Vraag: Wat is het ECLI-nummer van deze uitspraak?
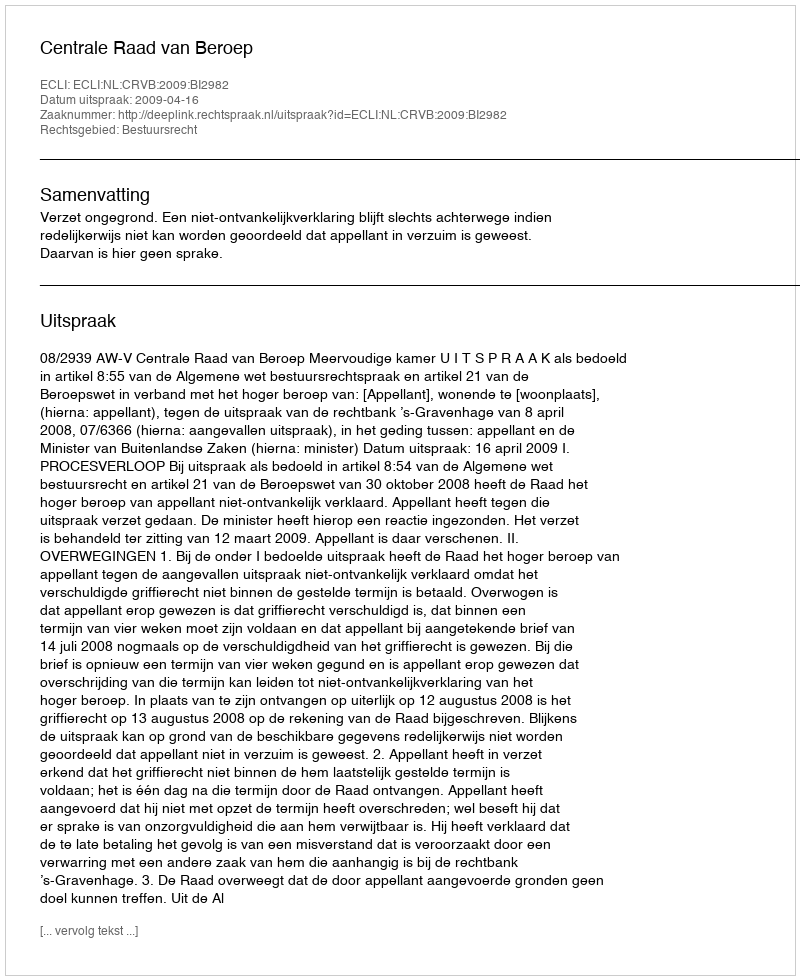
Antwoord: ECLI:NL:CRVB:2009:BI2982